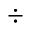
\div